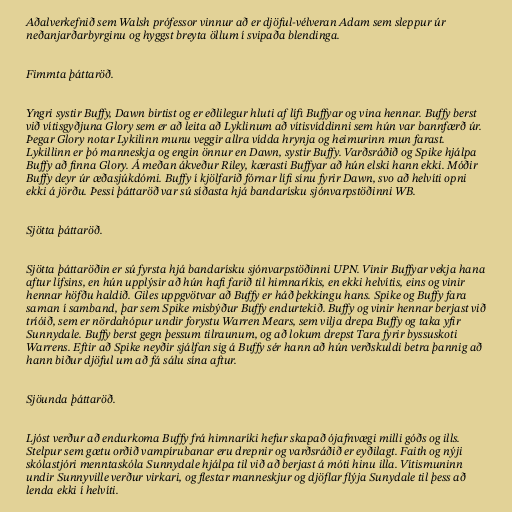
Aðalverkefnið sem Walsh prófessor vinnur að er djöful-vélveran Adam sem sleppur úr
neðanjarðarbyrginu og hyggst breyta öllum í svipaða blendinga.

Fimmta þáttaröð.

Yngri systir Buffy, Dawn birtist og er eðlilegur hluti af lífi Buffyar og vina hennar. Buffy berst
við vítisgyðjuna Glory sem er að leita að Lyklinum að vítisvíddinni sem hún var bannfærð úr.
Þegar Glory notar Lykilinn munu veggir allra vídda hrynja og heimurinn mun farast.
Lykillinn er þó manneskja og engin önnur en Dawn, systir Buffy. Varðsráðið og Spike hjálpa
Buffy að finna Glory. Á meðan ákveður Riley, kærasti Buffyar að hún elski hann ekki. Móðir
Buffy deyr úr æðasjúkdómi. Buffy í kjölfarið fórnar lífi sínu fyrir Dawn, svo að helvíti opni
ekki á jörðu. Þessi þáttaröð var sú síðasta hjá bandarísku sjónvarpstöðinni WB.

Sjötta þáttaröð.

Sjötta þáttaröðin er sú fyrsta hjá bandarísku sjónvarpstöðinni UPN. Vinir Buffyar vekja hana
aftur lífsins, en hún upplýsir að hún hafi farið til himnaríkis, en ekki helvítis, eins og vinir
hennar höfðu haldið. Giles uppgvötvar að Buffy er háð þekkingu hans. Spike og Buffy fara
saman í samband, þar sem Spike misbýður Buffy endurtekið. Buffy og vinir hennar berjast við
tríóið, sem er nördahópur undir forystu Warren Mears, sem vilja drepa Buffy og taka yfir
Sunnydale. Buffy berst gegn þessum tilraunum, og að lokum drepst Tara fyrir byssuskoti
Warrens. Eftir að Spike neyðir sjálfan sig á Buffy sér hann að hún verðskuldi betra þannig að
hann biður djöful um að fá sálu sína aftur.

Sjöunda þáttaröð.

Ljóst verður að endurkoma Buffy frá himnaríki hefur skapað ójafnvægi milli góðs og ills.
Stelpur sem gætu orðið vampírubanar eru drepnir og varðsráðið er eyðilagt. Faith og nýji
skólastjóri menntaskóla Sunnydale hjálpa til við að berjast á móti hinu illa. Vítismuninn
undir Sunnyville verður virkari, og flestar manneskjur og djöflar flýja Sunydale til þess að
lenda ekki í helvíti.